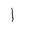
Letter: _alif